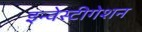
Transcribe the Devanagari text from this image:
इन्वेस्टीगेशन